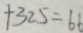
+ 3 2 5 = 6 6